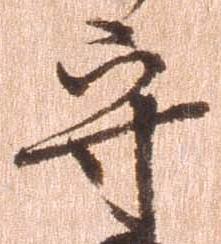
守